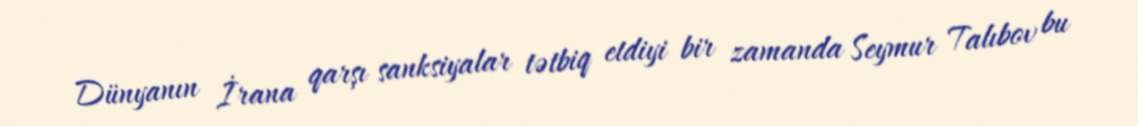
Dünyanın İrana qarşı sanksiyalar tətbiq etdiyi bir zamanda Seymur Talıbov bu